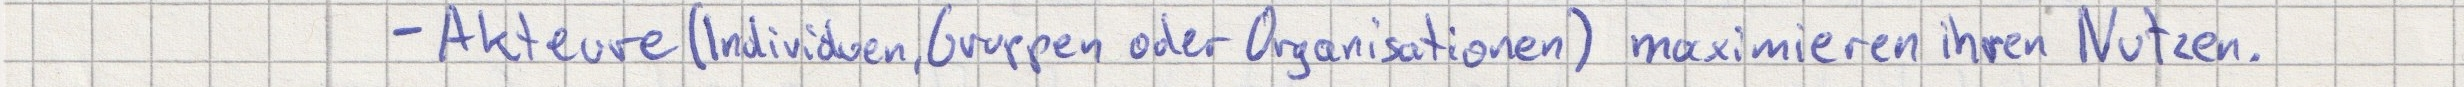
- Akteure (Individuen, Gruppen oder Organisationen) maximieren ihren Nutzen.